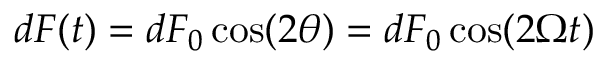
d F ( t ) = d F _ { 0 } \cos ( 2 \theta ) = d F _ { 0 } \cos ( 2 \Omega t )